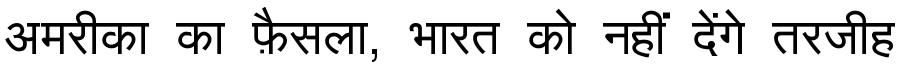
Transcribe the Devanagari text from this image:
अमरीका का फ़ैसला, भारत को नहीं देंगे तरजीह